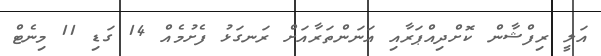
އަލީ ރިފްޝާން ކޮށްދިއްޕަރާއި އަނަންތަރާއަށް ރަނގަޅު ފެށުމެއް 14 ގަޑި 11 މިނެޓް